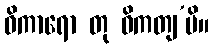
ဝိကာရော တု ဝိကတျ’ပိ။